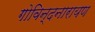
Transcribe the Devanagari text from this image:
गोविन्दनारायण